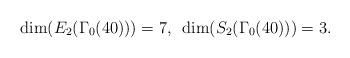
LaTeX: \begin{align*}\dim(E_2(\Gamma_0(40)))=7,~\dim(S_2(\Gamma_0(40)))=3.\end{align*}